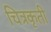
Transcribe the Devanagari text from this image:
चित्रकृती